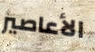
الأعاصير